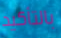
بالتأكيد